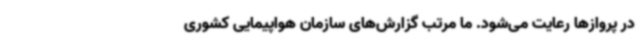
در پروازها رعایت می‌شود. ما مرتب گزارش‌های سازمان هواپیمایی کشوری